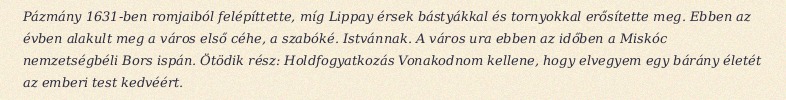
Pázmány 1631-ben romjaiból felépíttette, míg Lippay érsek bástyákkal és tornyokkal erősítette meg. Ebben az évben alakult meg a város első céhe, a szabóké. Istvánnak. A város ura ebben az időben a Miskóc nemzetségbéli Bors ispán. Ötödik rész: Holdfogyatkozás Vonakodnom kellene, hogy elvegyem egy bárány életét az emberi test kedvéért.